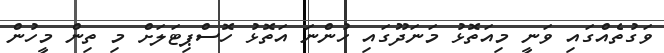
ވަގުތެއްގައި ވަނީ މިއަތޮޅު މަނަދޫގައި ހުންނަ އަތޮޅު ހޮސްޕިޓަލަށް މި ތިން މީހުން